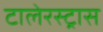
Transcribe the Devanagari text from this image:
टालेरस्ट्रास